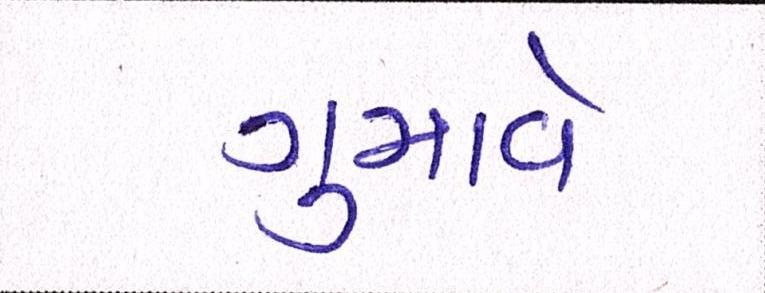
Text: ગુમાવે